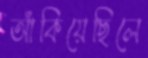
আঁকিয়েছিলে